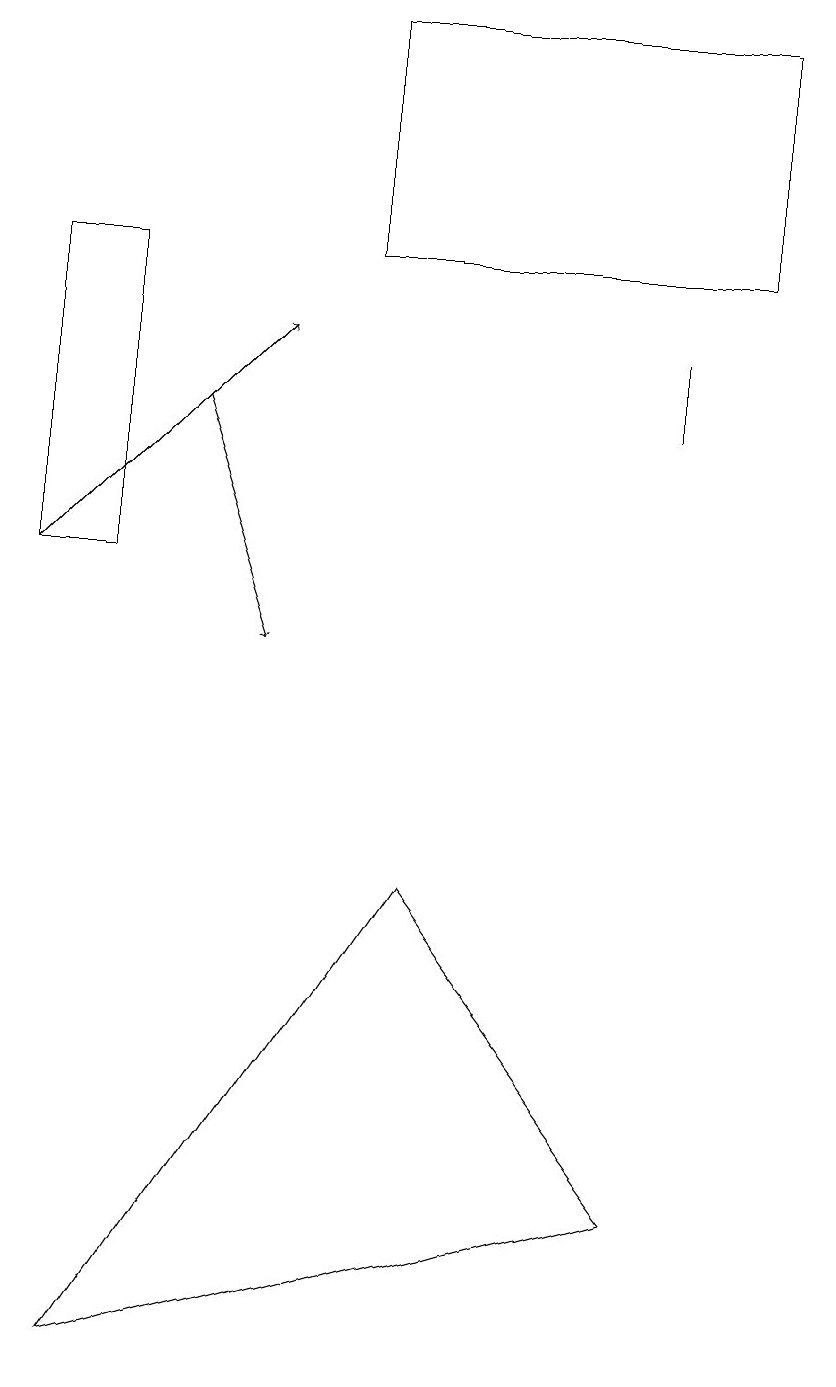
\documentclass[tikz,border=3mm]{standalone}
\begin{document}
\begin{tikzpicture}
\draw (9,18) rectangle (4,15);
\draw[->] (0,11) -- (3,14);
\draw (8,3) -- (5,7) -- (1,1) -- cycle;
\draw (10,10) circle (0);
\draw[->] (2,13) -- (3,10);
\draw (8,14) rectangle (8,13);
\draw (0,11) rectangle (1,15);
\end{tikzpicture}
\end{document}